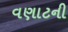
વણાટની